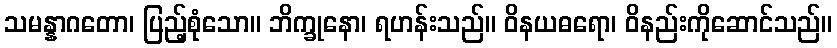
သမန္နာဂတော၊ ပြည့်စုံသော။ ဘိက္ခုနော၊ ရဟန်းသည်။ ဝိနယဓရော၊ ဝိနည်းကိုဆောင်သည်။